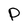
Character: p